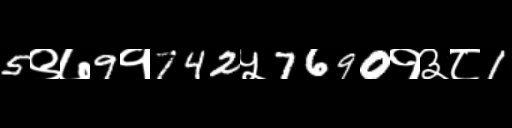
Text: 5९७9१742५7690१३८1